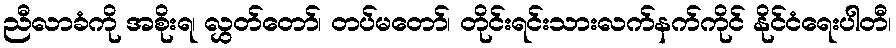
ညီလာခံကို အစိုးရ၊ လွှတ်တော်၊ တပ်မတော်၊ တိုင်းရင်းသားလက်နက်ကိုင် နိုင်ငံရေးပါတီ၊